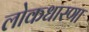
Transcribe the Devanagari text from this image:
लोकधारणा